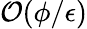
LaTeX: \mathcal{O}(\phi/\epsilon)